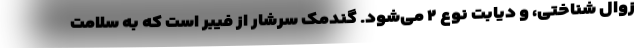
زوال شناختی، و دیابت نوع ۲ می‌شود. گندمک سرشار از فیبر است که به سلامت